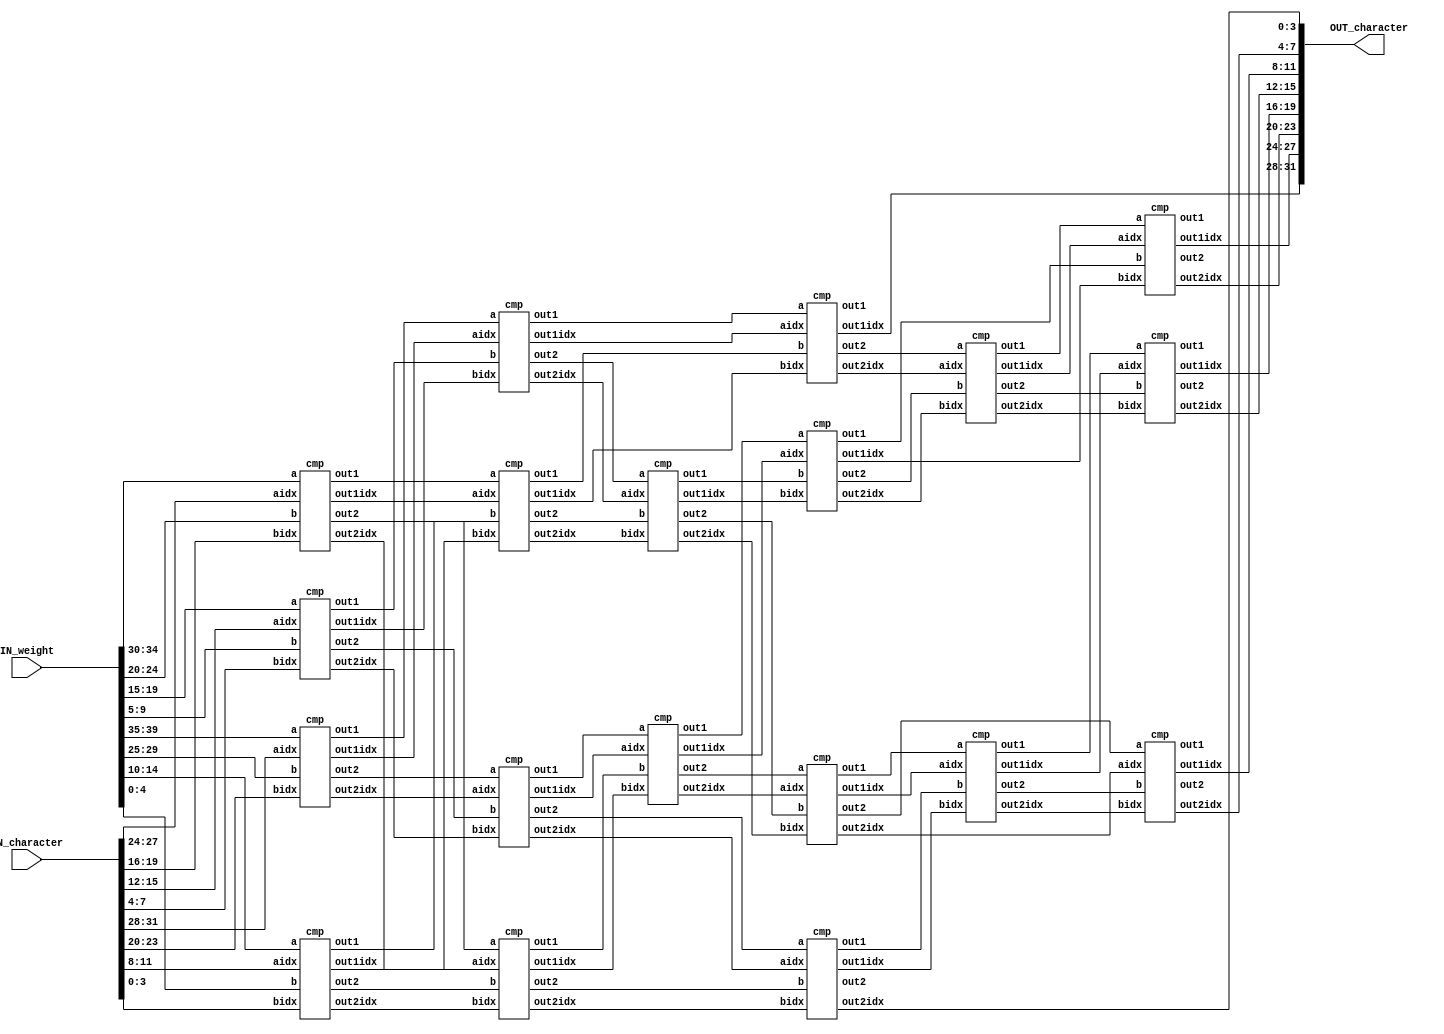
//############################################################################
//++++++++++++++++++++++++++++++++++++++++++++++++++++++++++++++++++++++++++++
//    (C) Copyright System Integration and Silicon Implementation Laboratory
//    All Right Reserved
//		Version		: v1.0
//   	Module Name : SORT_IP
//++++++++++++++++++++++++++++++++++++++++++++++++++++++++++++++++++++++++++++
//############################################################################
module SORT_IP #(parameter IP_WIDTH = 8) (
    // Input signals
    IN_character, IN_weight,
    // Output signals
    OUT_character
);

// ===============================================================
// Input & Output
// ===============================================================
input [IP_WIDTH*4-1:0]  IN_character;
input [IP_WIDTH*5-1:0]  IN_weight;

output  [IP_WIDTH*4-1:0] OUT_character;

// ===============================================================
// Design
// ===============================================================
wire [4:0]a,b,c,d,e,f,g,h;
wire [3:0]index[1:38];
wire [4:0]big1,big2,big3,big4,big5,big6,big7,big8,big9,big10,big11,big12,big13,big14,big15,big16,big17,big18,big19;
wire [4:0]small1,small2,small3,small4,small5,small6,small7,small8,small9,small10,small11,small12,small13,small14,small15,small16,small17,small18,small19;
generate
    case (IP_WIDTH)
        3:begin
            assign a=IN_weight[14:10];
            assign b=IN_weight[9:5];
            assign c=IN_weight[4:0];
            cmp c1 (.a(a),.b(c),.aidx(IN_character[11:8]),.bidx(IN_character[3:0]),.out1(big1),.out2(small1),.out1idx(index[1]),.out2idx(index[2]));
            cmp c2 (.a(big1),.b(b),.aidx(index[1]),.bidx(IN_character[7:4]),.out1(big2),.out2(small2),.out1idx(index[3]),.out2idx(index[4]));
            cmp c3 (.a(small2),.b(small1),.aidx(index[4]),.bidx(index[2]),.out1(big3),.out2(small3),.out1idx(index[5]),.out2idx(index[6]));
            assign OUT_character={index[3],index[5],index[6]};
        end
        4:begin
            assign a=IN_weight[19:15];
            assign b=IN_weight[14:10];
            assign c=IN_weight[9:5];
            assign d=IN_weight[4:0];
            cmp c1 (.a(a),.b(c),.aidx(IN_character[15:12]),.bidx(IN_character[7:4]),.out1(big1),.out2(small1),.out1idx(index[1]),.out2idx(index[2]));
            cmp c2 (.a(b),.b(d),.aidx(IN_character[11:8]),.bidx(IN_character[3:0]),.out1(big2),.out2(small2),.out1idx(index[3]),.out2idx(index[4]));
            cmp c3 (.a(big1),.b(big2),.aidx(index[1]),.bidx(index[3]),.out1(big3),.out2(small3),.out1idx(index[5]),.out2idx(index[6]));
            cmp c4 (.a(small1),.b(small2),.aidx(index[2]),.bidx(index[4]),.out1(big4),.out2(small4),.out1idx(index[7]),.out2idx(index[8]));
            cmp c5 (.a(small3),.b(big4),.aidx(index[6]),.bidx(index[7]),.out1(big5),.out2(small5),.out1idx(index[9]),.out2idx(index[10]));
            assign OUT_character={index[5],index[9],index[10],index[8]};
        end
        5:begin
            assign a=IN_weight[24:20];
            assign b=IN_weight[19:15];
            assign c=IN_weight[14:10];
            assign d=IN_weight[9:5];
            assign e=IN_weight[4:0];
            cmp c1 (.a(a),.b(d),.aidx(IN_character[19:16]),.bidx(IN_character[7:4]),.out1(big1),.out2(small1),.out1idx(index[1]),.out2idx(index[2]));
            cmp c2 (.a(b),.b(e),.aidx(IN_character[15:12]),.bidx(IN_character[3:0]),.out1(big2),.out2(small2),.out1idx(index[3]),.out2idx(index[4]));
            cmp c3 (.a(big1),.b(c),.aidx(index[1]),.bidx(IN_character[11:8]),.out1(big3),.out2(small3),.out1idx(index[5]),.out2idx(index[6]));
            cmp c4 (.a(big2),.b(small1),.aidx(index[3]),.bidx(index[2]),.out1(big4),.out2(small4),.out1idx(index[7]),.out2idx(index[8]));
            cmp c5 (.a(big3),.b(big4),.aidx(index[5]),.bidx(index[7]),.out1(big5),.out2(small5),.out1idx(index[9]),.out2idx(index[10]));
            cmp c6 (.a(small3),.b(small2),.aidx(index[6]),.bidx(index[4]),.out1(big6),.out2(small6),.out1idx(index[11]),.out2idx(index[12]));
            cmp c7 (.a(small5),.b(big6),.aidx(index[10]),.bidx(index[11]),.out1(big7),.out2(small7),.out1idx(index[13]),.out2idx(index[14]));
            cmp c8 (.a(small4),.b(small6),.aidx(index[8]),.bidx(index[12]),.out1(big8),.out2(small8),.out1idx(index[15]),.out2idx(index[16]));
            cmp c9 (.a(small7),.b(big8),.aidx(index[14]),.bidx(index[15]),.out1(big9),.out2(small9),.out1idx(index[17]),.out2idx(index[18]));
            assign OUT_character={index[9],index[13],index[17],index[18],index[16]};
        end
        6:begin
            assign a=IN_weight[29:25];
            assign b=IN_weight[24:20];
            assign c=IN_weight[19:15];
            assign d=IN_weight[14:10];
            assign e=IN_weight[9:5];
            assign f=IN_weight[4:0];
            cmp c1 (.a(b),.b(d),.aidx(IN_character[19:16]),.bidx(IN_character[11:8]),.out1(big1),.out2(small1),.out1idx(index[1]),.out2idx(index[2]));
            cmp c2 (.a(a),.b(f),.aidx(IN_character[23:20]),.bidx(IN_character[3:0]),.out1(big2),.out2(small2),.out1idx(index[3]),.out2idx(index[4]));
            cmp c3 (.a(c),.b(e),.aidx(IN_character[15:12]),.bidx(IN_character[7:4]),.out1(big3),.out2(small3),.out1idx(index[5]),.out2idx(index[6]));
            cmp c4 (.a(big1),.b(big3),.aidx(index[1]),.bidx(index[5]),.out1(big4),.out2(small4),.out1idx(index[7]),.out2idx(index[8]));
            cmp c5 (.a(small1),.b(small3),.aidx(index[2]),.bidx(index[6]),.out1(big5),.out2(small5),.out1idx(index[9]),.out2idx(index[10]));
            cmp c6 (.a(big2),.b(big5),.aidx(index[3]),.bidx(index[9]),.out1(big6),.out2(small6),.out1idx(index[11]),.out2idx(index[12]));
            cmp c7 (.a(small4),.b(small2),.aidx(index[8]),.bidx(index[4]),.out1(big7),.out2(small7),.out1idx(index[13]),.out2idx(index[14]));
            cmp c8 (.a(big6),.b(big4),.aidx(index[11]),.bidx(index[7]),.out1(big8),.out2(small8),.out1idx(index[15]),.out2idx(index[16]));
            cmp c9 (.a(big7),.b(small6),.aidx(index[13]),.bidx(index[12]),.out1(big9),.out2(small9),.out1idx(index[17]),.out2idx(index[18]));
            cmp c10 (.a(small5),.b(small7),.aidx(index[10]),.bidx(index[14]),.out1(big10),.out2(small10),.out1idx(index[19]),.out2idx(index[20]));
            cmp c11 (.a(small8),.b(big9),.aidx(index[16]),.bidx(index[17]),.out1(big11),.out2(small11),.out1idx(index[21]),.out2idx(index[22]));
            cmp c12 (.a(small9),.b(big10),.aidx(index[18]),.bidx(index[19]),.out1(big12),.out2(small12),.out1idx(index[23]),.out2idx(index[24]));
            assign OUT_character={index[15],index[21],index[22],index[23],index[24],index[20]};
        end
        7:begin
            assign a=IN_weight[34:30];
            assign b=IN_weight[29:25];
            assign c=IN_weight[24:20];
            assign d=IN_weight[19:15];
            assign e=IN_weight[14:10];
            assign f=IN_weight[9:5];
            assign g=IN_weight[4:0];
            cmp c1 (.a(a),.b(g),.aidx(IN_character[27:24]),.bidx(IN_character[3:0]),.out1(big1),.out2(small1),.out1idx(index[1]),.out2idx(index[2]));
            cmp c2 (.a(c),.b(d),.aidx(IN_character[19:16]),.bidx(IN_character[15:12]),.out1(big2),.out2(small2),.out1idx(index[3]),.out2idx(index[4]));
            cmp c3 (.a(e),.b(f),.aidx(IN_character[11:8]),.bidx(IN_character[7:4]),.out1(big3),.out2(small3),.out1idx(index[5]),.out2idx(index[6]));
            cmp c4 (.a(b),.b(big3),.aidx(IN_character[23:20]),.bidx(index[5]),.out1(big4),.out2(small4),.out1idx(index[7]),.out2idx(index[8]));
            cmp c5 (.a(big1),.b(big2),.aidx(index[1]),.bidx(index[3]),.out1(big5),.out2(small5),.out1idx(index[9]),.out2idx(index[10]));
            cmp c6 (.a(small2),.b(small1),.aidx(index[4]),.bidx(index[2]),.out1(big6),.out2(small6),.out1idx(index[11]),.out2idx(index[12]));
            cmp c7 (.a(big5),.b(big4),.aidx(index[9]),.bidx(index[7]),.out1(big7),.out2(small7),.out1idx(index[13]),.out2idx(index[14]));
            cmp c8 (.a(big6),.b(small4),.aidx(index[11]),.bidx(index[8]),.out1(big8),.out2(small8),.out1idx(index[15]),.out2idx(index[16]));
            cmp c9 (.a(small5),.b(small3),.aidx(index[10]),.bidx(index[6]),.out1(big9),.out2(small9),.out1idx(index[17]),.out2idx(index[18]));
            cmp c10 (.a(small7),.b(big9),.aidx(index[14]),.bidx(index[17]),.out1(big10),.out2(small10),.out1idx(index[19]),.out2idx(index[20]));
            cmp c11 (.a(small8),.b(small6),.aidx(index[16]),.bidx(index[12]),.out1(big11),.out2(small11),.out1idx(index[21]),.out2idx(index[22]));
            cmp c12 (.a(small10),.b(big8),.aidx(index[20]),.bidx(index[15]),.out1(big12),.out2(small12),.out1idx(index[23]),.out2idx(index[24]));
            cmp c13 (.a(big11),.b(small9),.aidx(index[21]),.bidx(index[18]),.out1(big13),.out2(small13),.out1idx(index[25]),.out2idx(index[26]));
            cmp c14 (.a(big10),.b(big12),.aidx(index[19]),.bidx(index[23]),.out1(big14),.out2(small14),.out1idx(index[27]),.out2idx(index[28]));
            cmp c15 (.a(small12),.b(big13),.aidx(index[24]),.bidx(index[25]),.out1(big15),.out2(small15),.out1idx(index[29]),.out2idx(index[30]));
            cmp c16 (.a(small13),.b(small11),.aidx(index[26]),.bidx(index[22]),.out1(big16),.out2(small16),.out1idx(index[31]),.out2idx(index[32]));
            assign OUT_character={index[13],index[27],index[28],index[29],index[30],index[31],index[32]};
        end
        8:begin
            assign a=IN_weight[39:35];
            assign b=IN_weight[34:30];
            assign c=IN_weight[29:25];
            assign d=IN_weight[24:20];
            assign e=IN_weight[19:15];
            assign f=IN_weight[14:10];
            assign g=IN_weight[9:5];
            assign h=IN_weight[4:0];
            cmp c1 (.a(b),.b(d),.aidx(IN_character[27:24]),.bidx(IN_character[19:16]),.out1(big1),.out2(small1),.out1idx(index[1]),.out2idx(index[2]));
            cmp c2 (.a(e),.b(g),.aidx(IN_character[15:12]),.bidx(IN_character[7:4]),.out1(big2),.out2(small2),.out1idx(index[3]),.out2idx(index[4]));
            cmp c3 (.a(a),.b(c),.aidx(IN_character[31:28]),.bidx(IN_character[23:20]),.out1(big3),.out2(small3),.out1idx(index[5]),.out2idx(index[6]));
            cmp c4 (.a(f),.b(h),.aidx(IN_character[11:8]),.bidx(IN_character[3:0]),.out1(big4),.out2(small4),.out1idx(index[7]),.out2idx(index[8]));
            cmp c5 (.a(big3),.b(big2),.aidx(index[5]),.bidx(index[3]),.out1(big5),.out2(small5),.out1idx(index[9]),.out2idx(index[10]));
            cmp c6 (.a(big1),.b(big4),.aidx(index[1]),.bidx(index[7]),.out1(big6),.out2(small6),.out1idx(index[11]),.out2idx(index[12]));
            cmp c7 (.a(small3),.b(small2),.aidx(index[6]),.bidx(index[4]),.out1(big7),.out2(small7),.out1idx(index[13]),.out2idx(index[14]));
            cmp c8 (.a(small1),.b(small4),.aidx(index[2]),.bidx(index[8]),.out1(big8),.out2(small8),.out1idx(index[15]),.out2idx(index[16]));
            cmp c9 (.a(big5),.b(big6),.aidx(index[9]),.bidx(index[11]),.out1(big9),.out2(small9),.out1idx(index[17]),.out2idx(index[18]));
            cmp c10 (.a(big7),.b(big8),.aidx(index[13]),.bidx(index[15]),.out1(big10),.out2(small10),.out1idx(index[19]),.out2idx(index[20]));
            cmp c11 (.a(small5),.b(small6),.aidx(index[10]),.bidx(index[12]),.out1(big11),.out2(small11),.out1idx(index[21]),.out2idx(index[22]));
            cmp c12 (.a(small7),.b(small8),.aidx(index[14]),.bidx(index[16]),.out1(big12),.out2(small12),.out1idx(index[23]),.out2idx(index[24]));
            cmp c13 (.a(big10),.b(big11),.aidx(index[19]),.bidx(index[21]),.out1(big13),.out2(small13),.out1idx(index[25]),.out2idx(index[26]));
            cmp c14 (.a(small10),.b(small11),.aidx(index[20]),.bidx(index[22]),.out1(big14),.out2(small14),.out1idx(index[27]),.out2idx(index[28]));
            cmp c15 (.a(small9),.b(small13),.aidx(index[18]),.bidx(index[26]),.out1(big15),.out2(small15),.out1idx(index[29]),.out2idx(index[30]));
            cmp c16 (.a(big14),.b(big12),.aidx(index[27]),.bidx(index[23]),.out1(big16),.out2(small16),.out1idx(index[31]),.out2idx(index[32]));
            cmp c17 (.a(big15),.b(big13),.aidx(index[29]),.bidx(index[25]),.out1(big17),.out2(small17),.out1idx(index[33]),.out2idx(index[34]));
            cmp c18 (.a(big16),.b(small15),.aidx(index[31]),.bidx(index[30]),.out1(big18),.out2(small18),.out1idx(index[35]),.out2idx(index[36]));
            cmp c19 (.a(small14),.b(small16),.aidx(index[28]),.bidx(index[32]),.out1(big19),.out2(small19),.out1idx(index[37]),.out2idx(index[38]));
            assign OUT_character={index[17],index[33],index[34],index[35],index[36],index[37],index[38],index[24]};
        end
        default:begin
            assign a=0;
            assign b=0;
            assign c=0;
            assign d=0;
            assign e=0;
            assign f=0;
            assign g=0;
            assign h=0;
            assign index[1]=0;
            assign index[2]=0;
            assign index[3]=0;
            assign index[4]=0;
            assign index[5]=0;
            assign index[6]=0;
            assign index[7]=0;
            assign index[8]=0;
            assign index[9]=0;
            assign index[10]=0;
            assign index[11]=0;
            assign index[12]=0;
            assign index[13]=0;
            assign index[14]=0;
            assign index[15]=0;
            assign index[16]=0;
            assign index[17]=0;
            assign index[18]=0;
            assign index[19]=0;
            assign index[20]=0;
            assign index[21]=0;
            assign index[22]=0;
            assign index[23]=0;
            assign index[24]=0;
            assign index[25]=0;
            assign index[26]=0;
            assign index[27]=0;
            assign index[28]=0;
            assign index[29]=0;
            assign index[30]=0;
            assign index[31]=0;
            assign index[32]=0;
            assign index[33]=0;
            assign index[34]=0;
            assign index[35]=0;
            assign index[36]=0;
            assign index[37]=0;
            assign index[38]=0;
            assign big1=0;
            assign big2=0;
            assign big3=0;
            assign big4=0;
            assign big5=0;
            assign big6=0;
            assign big7=0;
            assign big8=0;
            assign big9=0;
            assign big10=0;
            assign big11=0;
            assign big12=0;
            assign big13=0;
            assign big14=0;
            assign big15=0;
            assign big16=0;
            assign big17=0;
            assign big18=0;
            assign big19=0;
            assign small1=0;
            assign small2=0;
            assign small3=0;
            assign small4=0;
            assign small5=0;
            assign small6=0;
            assign small7=0;
            assign small8=0;
            assign small9=0;
            assign small10=0;
            assign small11=0;
            assign small12=0;
            assign small13=0;
            assign small14=0;
            assign small15=0;
            assign small16=0;
            assign small17=0;
            assign small18=0;
            assign small19=0;
        end
    endcase
endgenerate

endmodule

module cmp(a,b,aidx,bidx,out1,out2,out1idx,out2idx);
input[4:0]a,b;
input[3:0]aidx,bidx;
output reg [4:0]out1,out2;
output reg [3:0]out1idx,out2idx;

always @(*) begin
    if (a>b) begin
        out1=a;
        out2=b;
        out1idx=aidx;
        out2idx=bidx;
    end
    else if (a==b) begin
        if (aidx>bidx) begin
            out1=a;
            out2=b;
            out1idx=aidx;
            out2idx=bidx;
        end
        else begin
            out1=b;
            out2=a;
            out1idx=bidx;
            out2idx=aidx;
        end
    end
    else begin
        out1=b;
        out2=a;
        out1idx=bidx;
        out2idx=aidx;
    end
end
endmodule